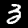
Label: 3